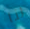
لنا